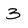
Character: 3